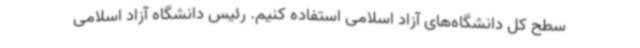
سطح کل دانشگاه‌های آزاد اسلامی استفاده کنیم. رئیس دانشگاه آزاد اسلامی